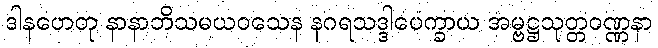
ဒါနဟေတု နာနာဘိသမယဝသေန နဂရသဒ္ဒါပေက္ခာယ အမ္ဗဋ္ဌသုတ္တဝဏ္ဏနာ